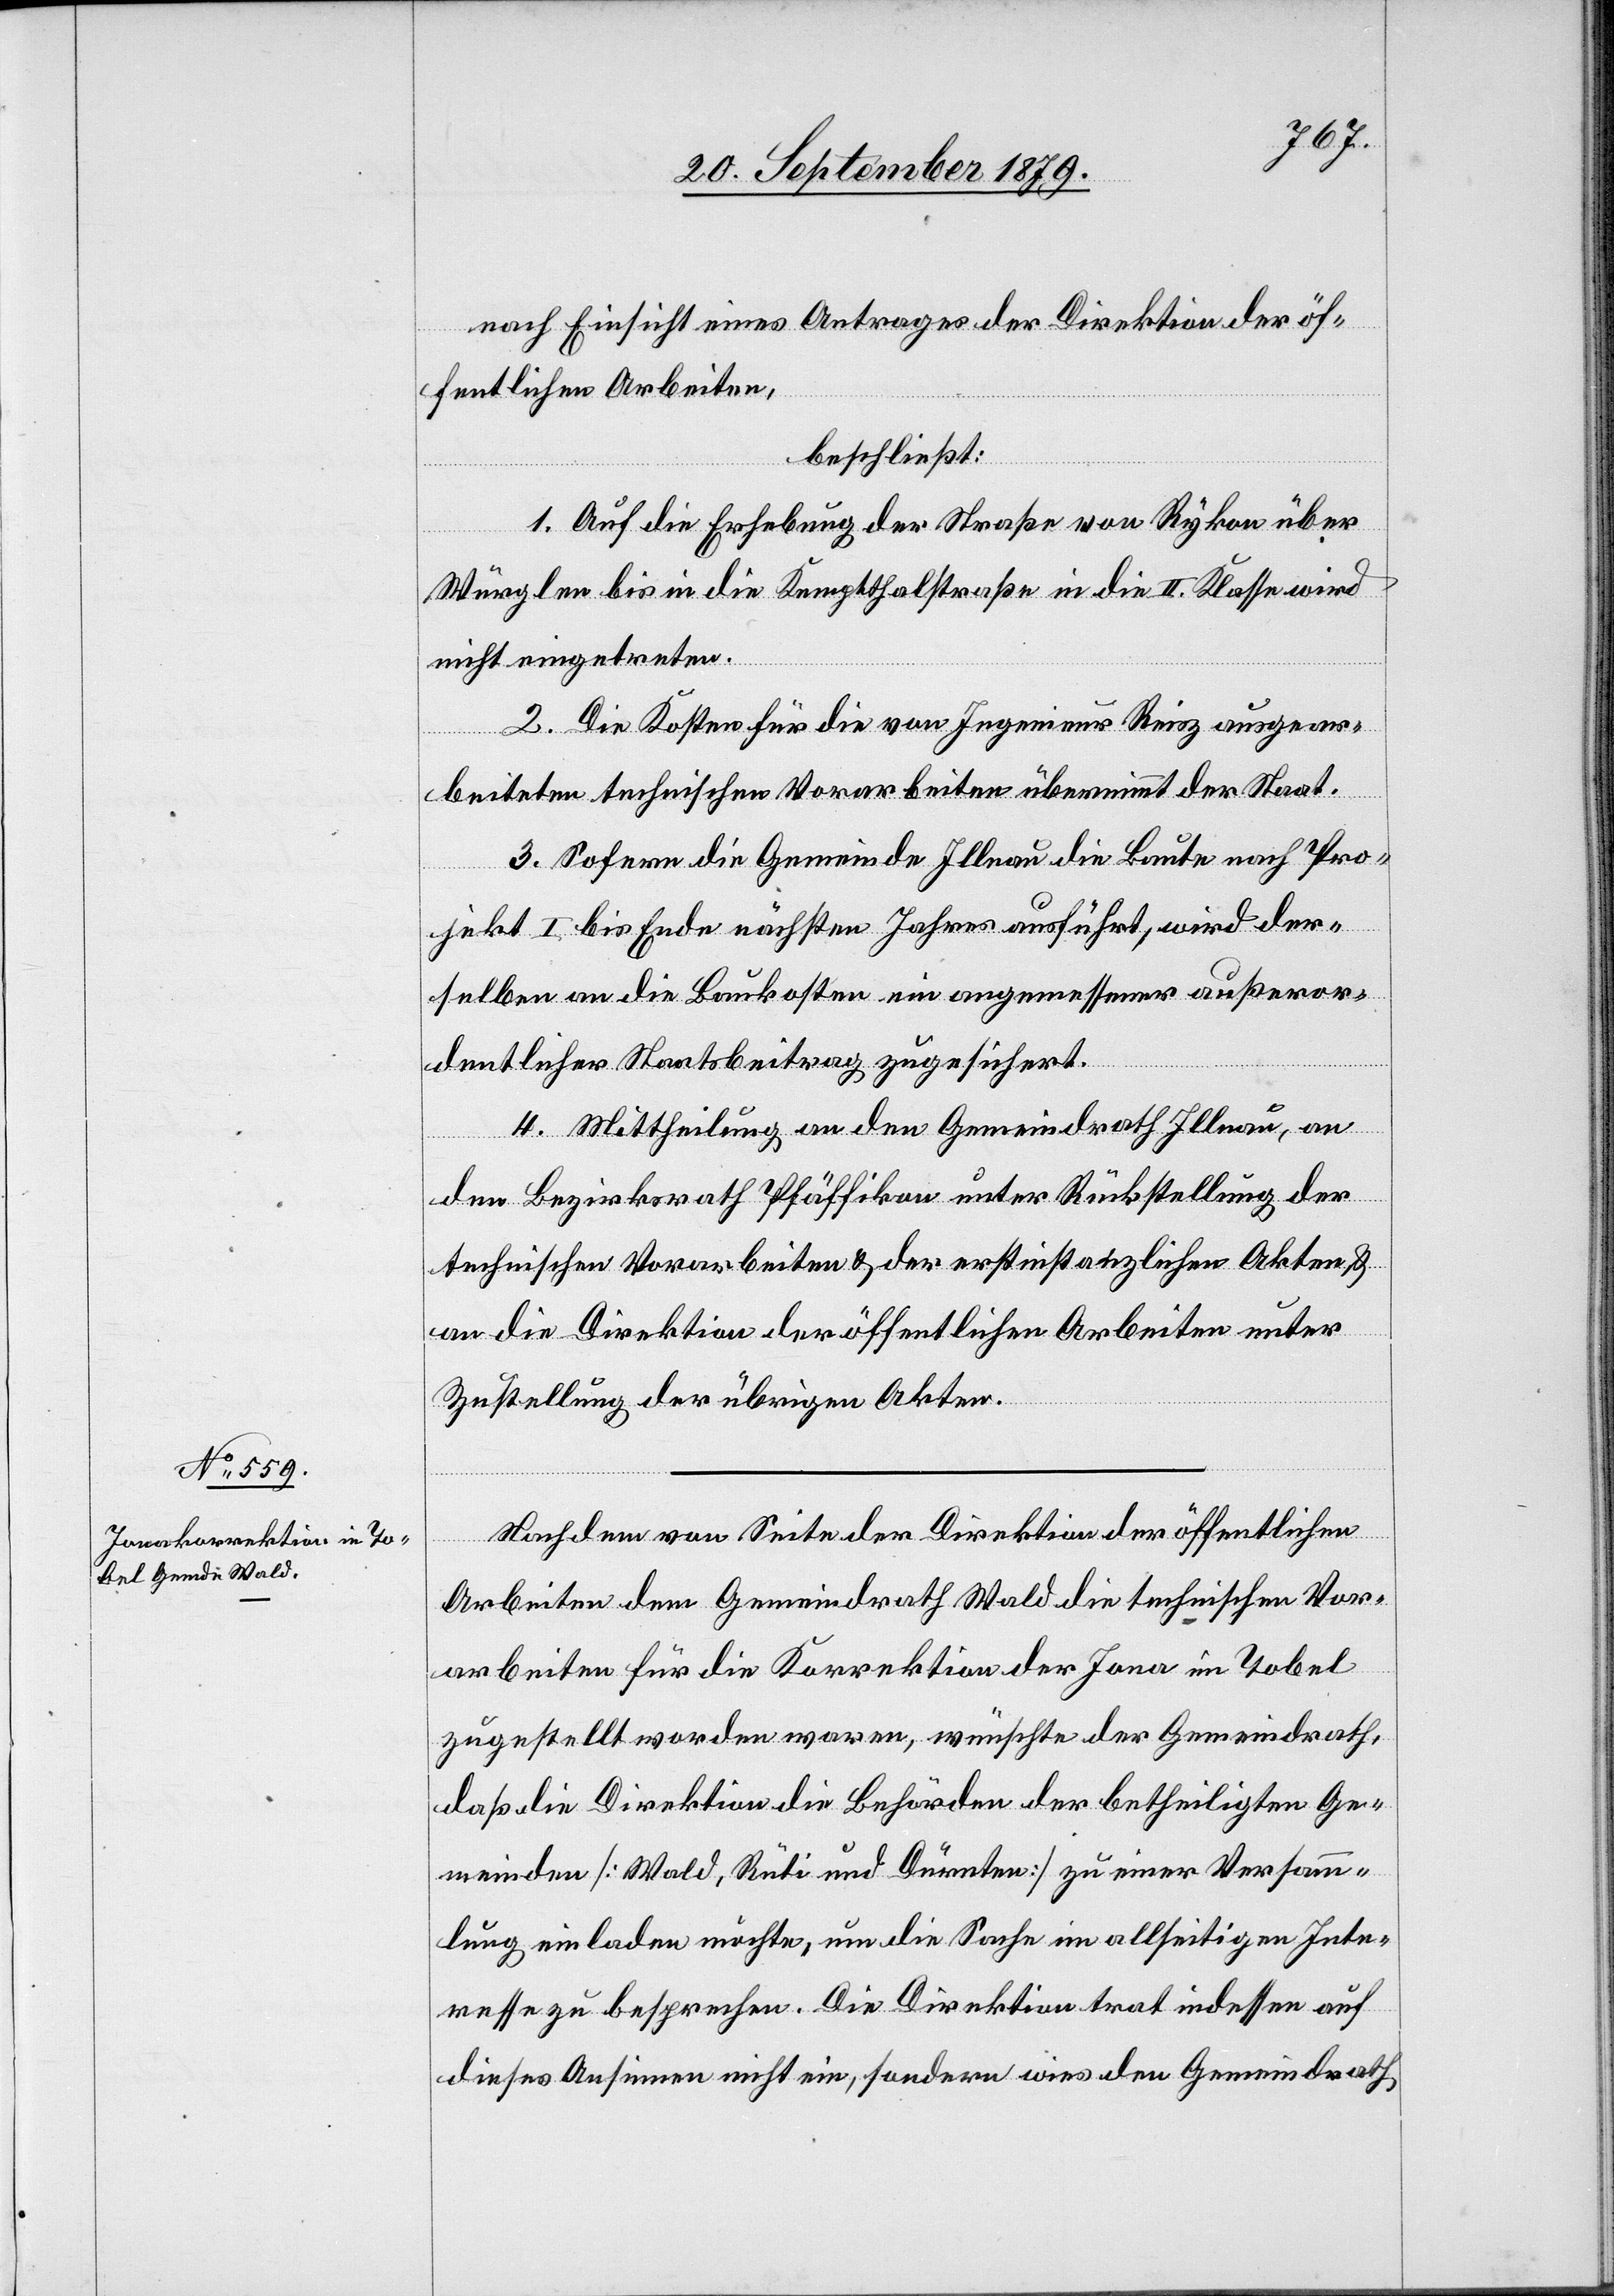
nach Einsicht eines Antrages der Direktion der öf¬
fentlichen Arbeiten,
beschließt:
1. Auf die Erhebung der Straße von Rykon über
Würglen bis in die Kemptthalstraße in die II. Klasse wird
nicht eingetreten.
2. Die Kosten für die von Ingenieur Reisz ausgear¬
beiteten technischen Vorarbeiten übernimmt der Staat.
3. Sofern die Gemeinde Illnau die Baute nach Pro¬
jekt I bis Ende nächsten Jahres ausführt, wird der¬
selben an die Baukosten ein angemessener außeror¬
dentlicher Staatsbeitrag zugesichert.
4. Mittheilung an den Gemeindrath Illnau, an
den Bezirksrath Pfäffikon unter Rückstellung der
technischen Vorarbeiten & der erstinstanzlichen Akten &
an die Direktion der öffentlichen Arbeiten unter
Zustellung der übrigen Akten.
Nachdem von Seite der Direktion der öffentlichen
Arbeiten dem Gemeindrath Wald die technischen Vor¬
arbeiten für die Korrektion der Jona im Tobel
zugestellt worden waren, wünschte der Gemeindrath,
daß die Direktion die Behörden der betheiligten Ge¬
meinden [Wald, Rüti und Dürnten] zu einer Versamm¬
lung einladen möchte, um die Sache im allseitigen Inte¬
resse zu besprechen. Die Direktion trat indessen auf
dieses Ansinnen nicht ein, sondern wies den Gemeindrath